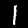
Digit: 1